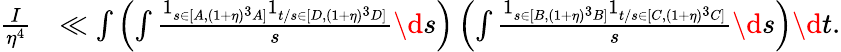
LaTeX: \begin{array}{rl}{\frac{I}{\eta^{4}}}&{\ll\int\left(\int\frac{1_{s\in[A,(1+\eta)^{3}A]}1_{t/s\in[D,(1+\eta)^{3}D]}}{s}\d s\right)\left(\int\frac{1_{s\in[B,(1+\eta)^{3}B]}1_{t/s\in[C,(1+\eta)^{3}C]}}{s}\d s\right)\d t.}\end{array}